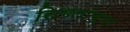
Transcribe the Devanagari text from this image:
सिमलाच्या